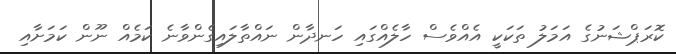
ކޮރަޕްޝަނުގެ އަމަލު ތަކަކީ އެއްވެސް ހާލެއްގައި ހަނދާން ނައްތާލައިގެންވާނެ ކަމެއް ނޫން ކަމަށާއި